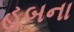
હબના